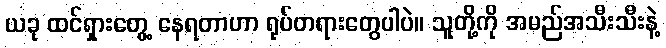
ယခု ထင်ရှားတွေ့ နေရတာဟာ ရုပ်တရားတွေပါပဲ။ သူတို့ကို အမည်အသီးသီးနဲ့